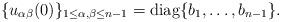
LaTeX: \begin{align*}\{u_{\alpha \beta} (0)\}_{1 \leq \alpha, \beta \leq n-1} = \mathrm{diag} \{b_1, \ldots, b_{n-1}\}.\end{align*}